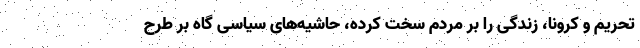
تحریم و کرونا، زندگی را بر مردم سخت کرده، حاشیه‌های سیاسی گاه بر طرح